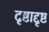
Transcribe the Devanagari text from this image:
दृष्टाद्दृष्ट